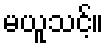
မယူသင့်။